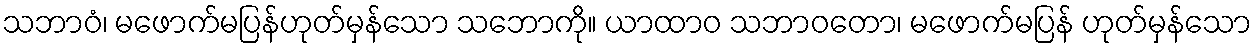
သဘာဝံ၊ မဖောက်မပြန်ဟုတ်မှန်သော သဘောကို။ ယာထာဝ သဘာဝတော၊ မဖောက်မပြန် ဟုတ်မှန်သော